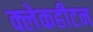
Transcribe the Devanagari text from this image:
क्लेकहीटन